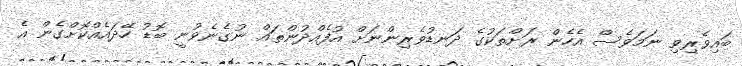
ބައިވެރިވި ނަމަވެސް އެހެން ރަށްތަކުގެ ދަނޑުވެރިންނަށް އުފެއްދުންތައް ނުގެނެވުނީ ބޮޑު ހޭދައެއްކޮށްގެން އެ